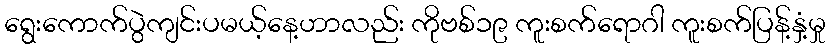
ရွေးကောက်ပွဲကျင်းပမယ့်နေ့ဟာလည်း ကိုဗစ်၁၉ ကူးစက်ရောဂါ ကူးစက်ပြန့်နှံ့မှု